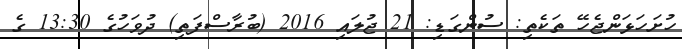
ހުށަހަޅަންޖެހޭ ތަކެތި: ސުންގަޑި: 21 ޖުލައި 2016 (ބުރާސްފަތި) ދުވަހުގެ 13:30 ގެ